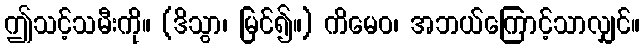
ဤသင့်သမီးကို။ (ဒိသွာ၊ မြင်၍။) ကိမေဝ၊ အဘယ်ကြောင့်သာလျှင်။